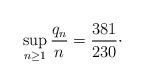
LaTeX: \begin{align*}\sup_{n\ge 1} \frac {q_n} n=\frac {381}{230}\cdotp\end{align*}